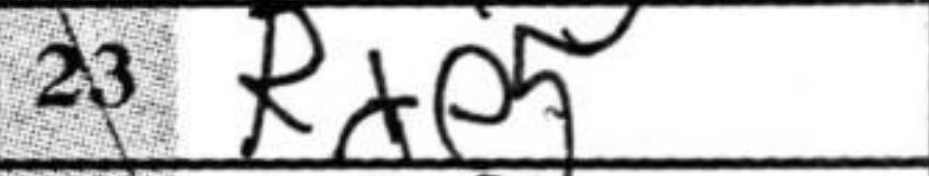
Transcription: Rxe5